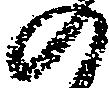
の